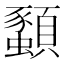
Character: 𫖨